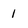
Character: 1